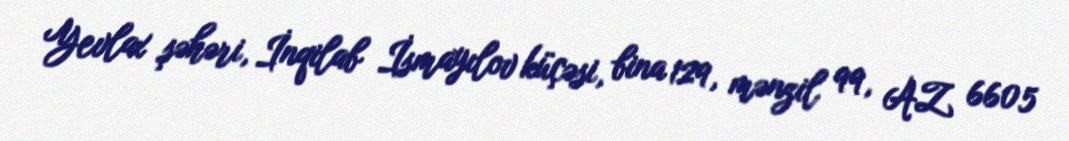
Yevlax şəhəri, İnqilab İsmayılov küçəsi, bina 129, mənzil 99, AZ 6605